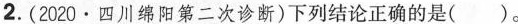
2.(2020·四川绵阳第二次诊断)下列结论正确的是( )。